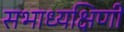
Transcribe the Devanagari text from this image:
सभाध्यक्षिणी